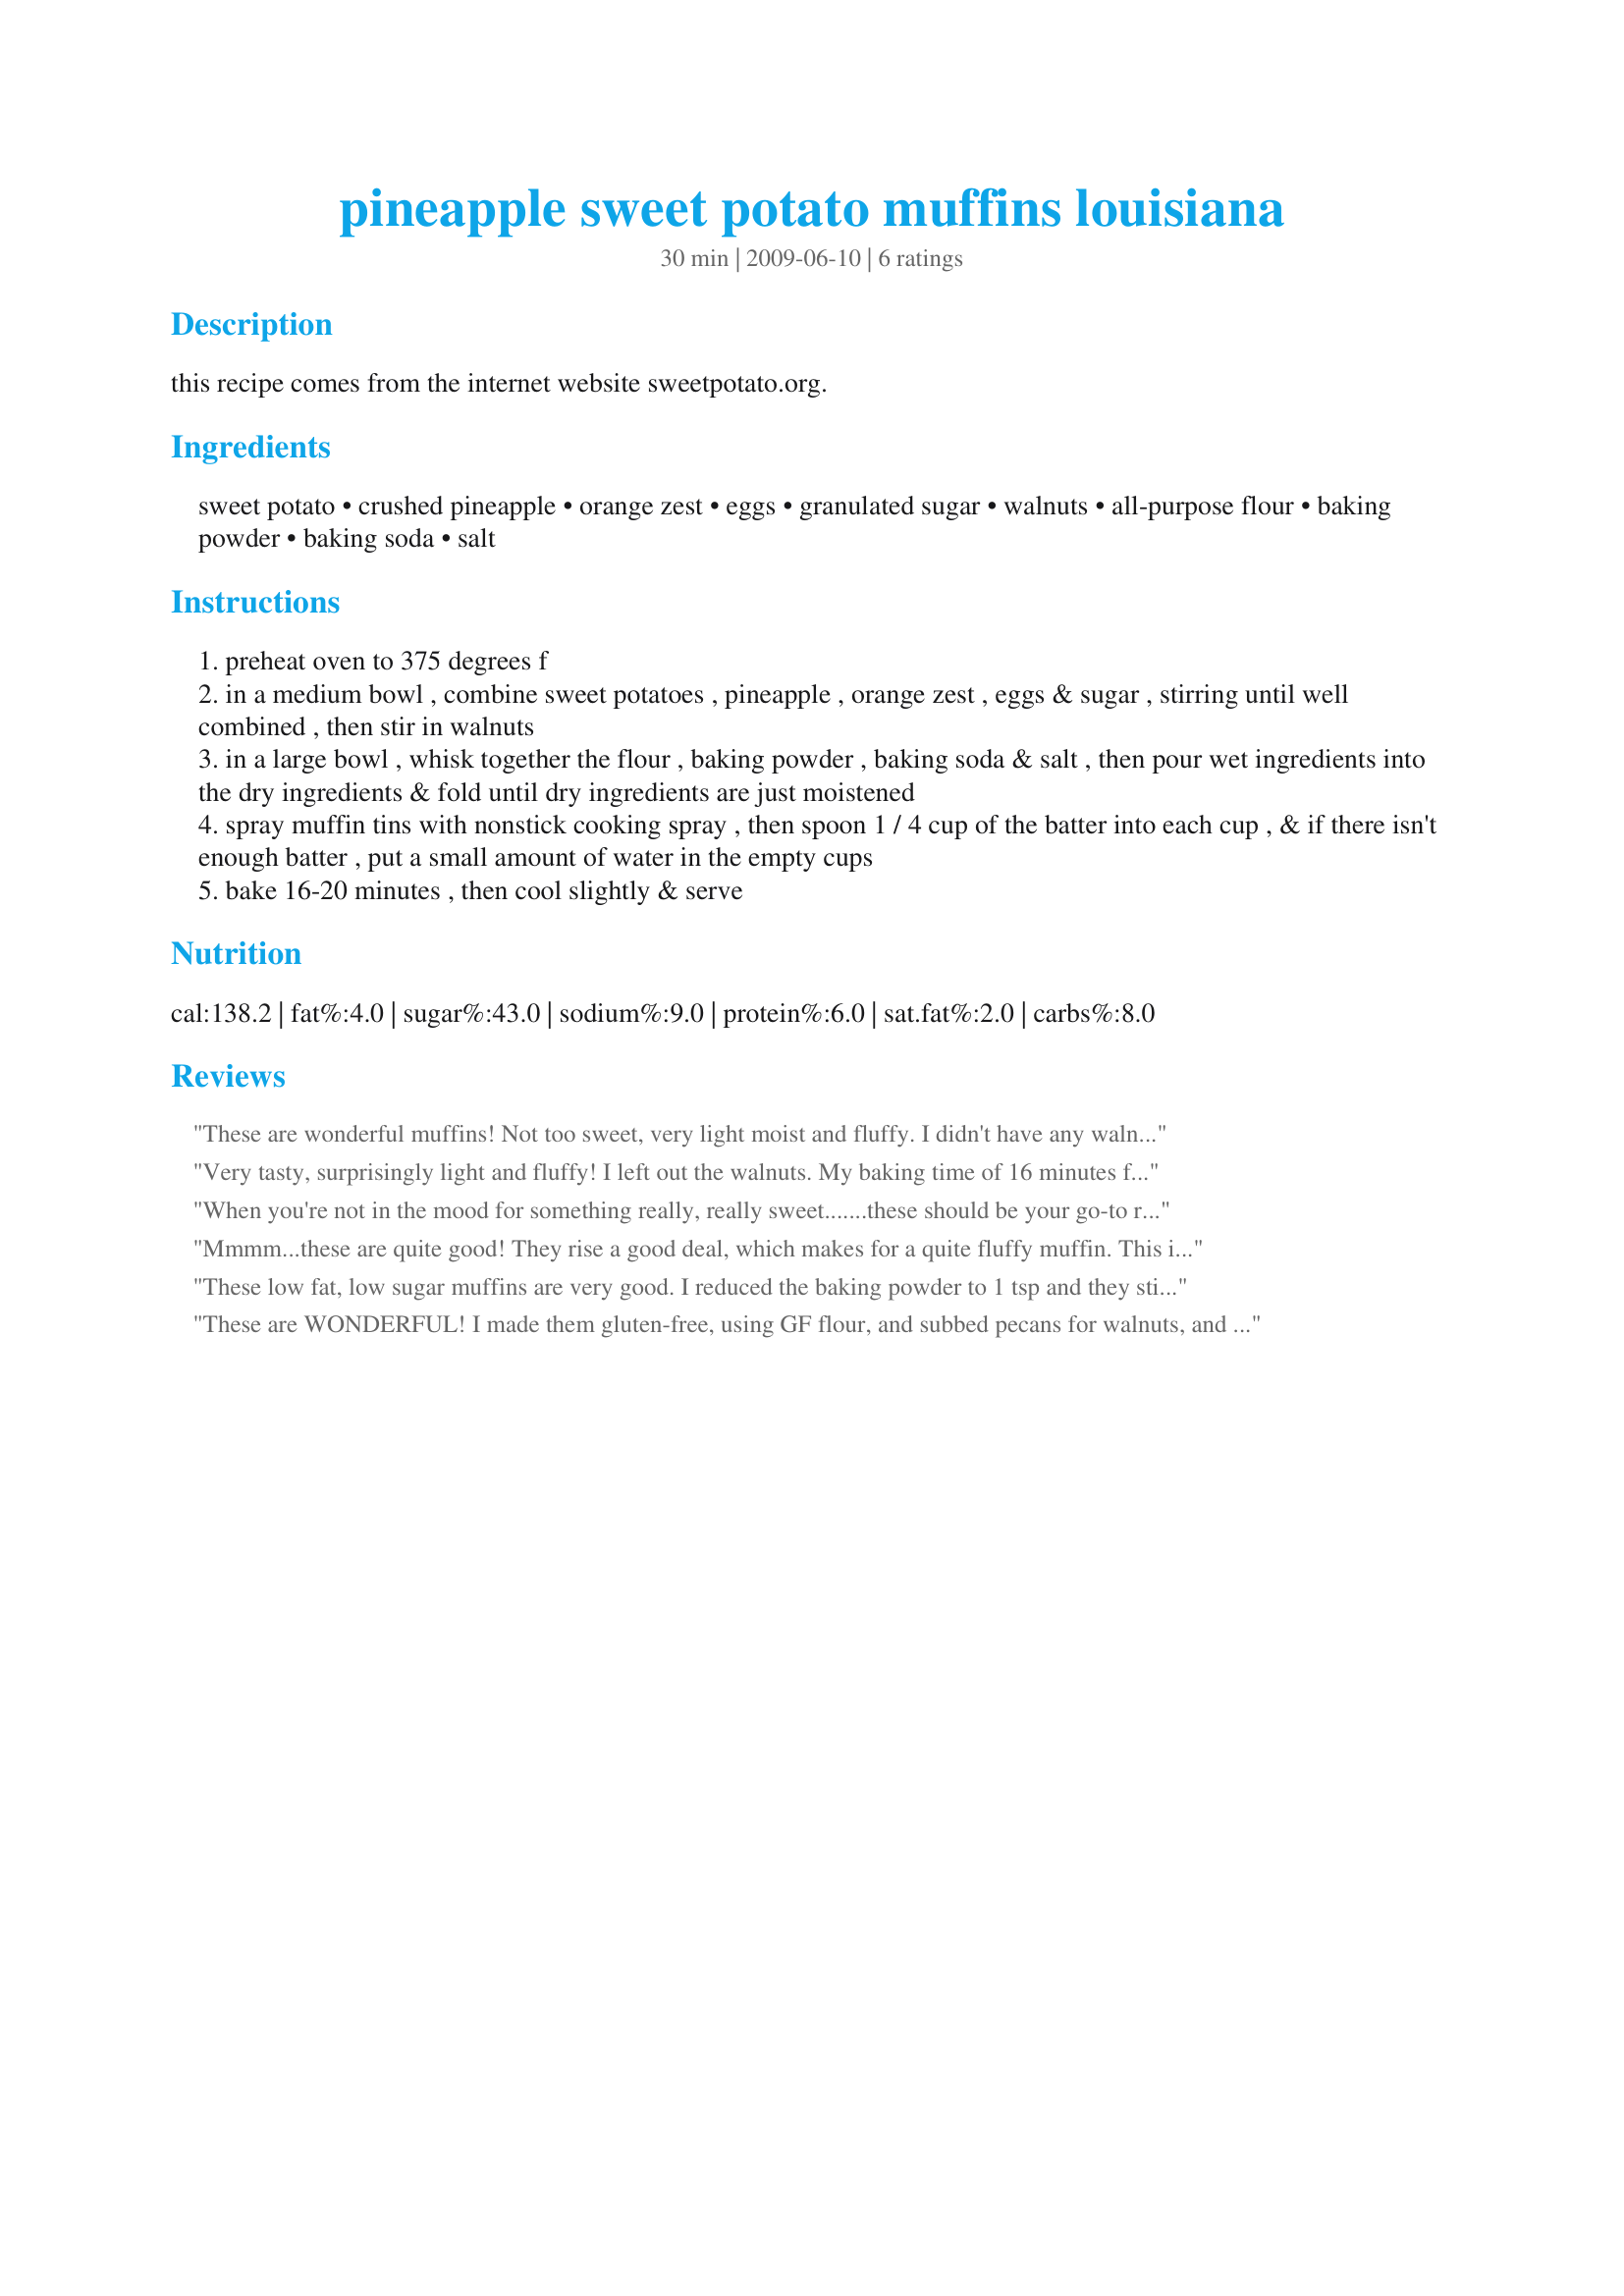
pineapple sweet potato muffins louisiana
Preparation time: 30 minutes

this recipe comes from the internet website sweetpotato.org.

Ingredients:
sweet potato, crushed pineapple, orange zest, eggs, granulated sugar, walnuts, all-purpose flour, baking powder, baking soda, salt

Steps:
preheat oven to 375 degrees f
in a medium bowl , combine sweet potatoes , pineapple , orange zest , eggs & sugar , stirring until well combined , then stir in walnuts
in a large bowl , whisk together the flour , baking powder , baking soda & salt , then pour wet ingredients into the dry ingredients & fold until dry ingredients are just moistened
spray muffin tins with nonstick cooking spray , then spoon 1 / 4 cup of the batter into each cup , & if there isn't enough batter , put a small amount of water in the empty cups
bake 16-20 minutes , then cool slightly & serve

Reviews:
These are wonderful muffins! Not too sweet, very light moist and fluffy. I didn't have any walnuts and I thought the muffins were great without them. The sweet potato flavor was great with the pineapple. Thanks for sharing the recipe!
Very tasty, surprisingly light and fluffy! I left out the walnuts. My baking time of 16 minutes for 18 muffins was possibly 1 or 2 minutes too long based on the very brown tops. I thought they were ok, but I could taste the baking powder (I'm VERY sensitive to that taste) and I know that will increase over time. DH and our 3-year-old son really liked them. With frosting, sprinkles, and cool decorations, I might even be able to get my very picky eater to eat one! Oh, and best of all, this recipe used up both the leftover crushed pineapple and the sweet potato purée in my frig!
When you're not in the mood for something really, really sweet.......these should be your go-to recipe. Warm with a little butter......absolutely delicious. I'll be serving these next week for a meeting. I'm sure they will be a big hit. Thnx for sharing, Syd. Made for PRMR tag game.
Mmmm...these are quite good! They rise a good deal, which makes for a quite fluffy muffin. This is impressive since I used whole wheat and spelt flours! We tend to prefer less sweet pastries in the morning, and these definitely fit the bill (though I did reduce the sugar to 1/4 c for a half batch). I used fresh pineapple whizzed through the blender, and since I lacked walnuts I used sliced almonds instead. Next time I will make sure I have walnuts. For some reason I want to add dried cranberries next time--could have something to do with this being a Syd recipe LOL! Made for our VIP Chef, Veg*n Swap #23.
These low fat, low sugar muffins are very good. I reduced the baking powder to 1 tsp and they still rose amazingly high. I&#039;m looking forward to making these again, with the addition of some golden raisins or dried cranberries to boost the flavor a bit.
These are WONDERFUL! I made them gluten-free, using GF flour, and subbed pecans for walnuts, and agave nectar for the sugar. Absolutely delicious, not too sweet, fluffy and especially good warm. I made 12 big muffins and 24 mini-muffins with this recipe. I topped them off with SB6's recipe for Orange Butter (recipe#399467) ~ wonderful finishing touch. Made for PRMR, January 2010!
